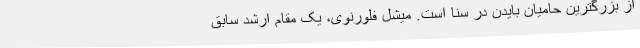
از بزرگترین حامیان بایدن در سنا است. میشل فلورنوی، یک مقام ارشد سابق